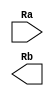


module neg(
	input wire [31:0] Ra,
	output wire [31:0] Rb
);

//Rb = not Ra + 1;

	
endmodule